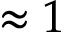
\approx 1